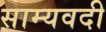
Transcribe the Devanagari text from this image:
साम्यवदी